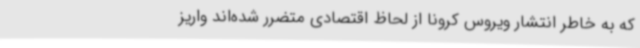
که به خاطر انتشار ویروس کرونا از لحاظ اقتصادی متضرر شده‌اند واریز